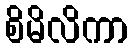
စိမိလိကာ